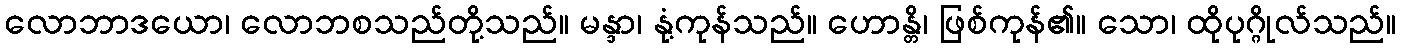
လောဘာဒယော၊ လောဘစသည်တို့သည်။ မန္ဒာ၊ နုံ့ကုန်သည်။ ဟောန္တိ၊ ဖြစ်ကုန်၏။ သော၊ ထိုပုဂ္ဂိုလ်သည်။